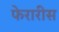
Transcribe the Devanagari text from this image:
फेरारीस